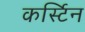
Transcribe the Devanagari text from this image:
कर्स्टिन